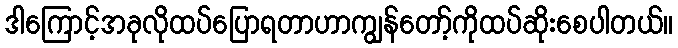
ဒါကြောင့်အခုလိုထပ်ပြောရတာဟာကျွန်တော့်ကိုထပ်ဆိုးစေပါတယ်။